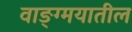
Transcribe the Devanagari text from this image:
वाङ्ग्मयातील